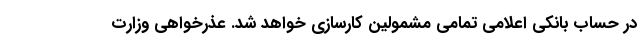
در حساب بانکی اعلامی تمامی مشمولین کارسازی خواهد شد. عذرخواهی وزارت